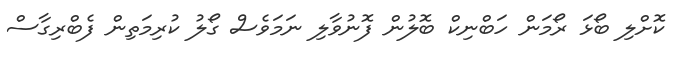
ކޮށްލި ބޯޅަ ރޯމަން ހަބްނިކް ބޮލުން ފޮނުވާލި ނަމަވެސް ގޯލު ކުރިމަތިން ފެބްރިގާސް